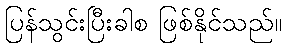
ပြန်သွင်းပြီးခါစ ဖြစ်နိုင်သည်။